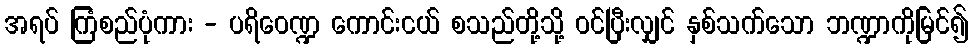
အရပ် ကြံစည်ပုံကား - ပရိဝေဏ္ဍ ကောင်းငယ် စသည်တို့သို့ ဝင်ပြီးလျှင် နှစ်သက်သော ဘဏ္ဍာကိုမြင်၍